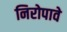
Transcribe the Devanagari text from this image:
निरोपावे